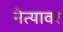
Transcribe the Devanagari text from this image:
नेत्यावर